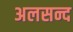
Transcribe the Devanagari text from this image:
अलसन्द